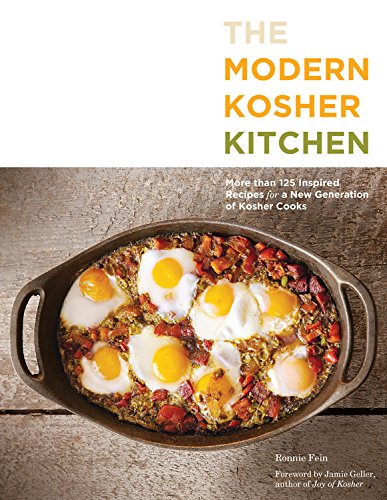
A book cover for The Modern Kosher Kitchen: More than 125 Inspired Recipes for a New Generation of Kosher Cooks; Ronnie Fein; Cookbooks, Food & Wine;